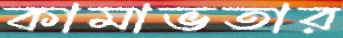
কামাভতার